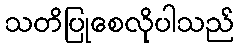
သတိပြုစေလိုပါသည်